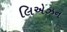
લિએઝન